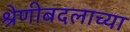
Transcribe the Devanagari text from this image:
श्रेणीबदलाच्या